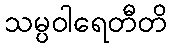
သမ္ပဝါရေတီတိ